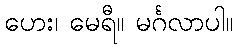
ဟေး၊ မေရီ။ မင်္ဂလာပါ။